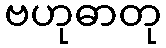
ဗဟုဓာတု